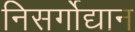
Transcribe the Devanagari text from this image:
निसर्गोद्यान